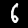
Label: 6